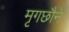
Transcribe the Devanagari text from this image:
मृगछौने